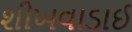
શીખવાડાઈ